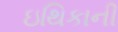
ઇથિકાની